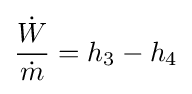
{\frac {\dot {W}}{\dot {m}}}=h_{3}-h_{4}